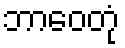
ဘာဝေတုံ